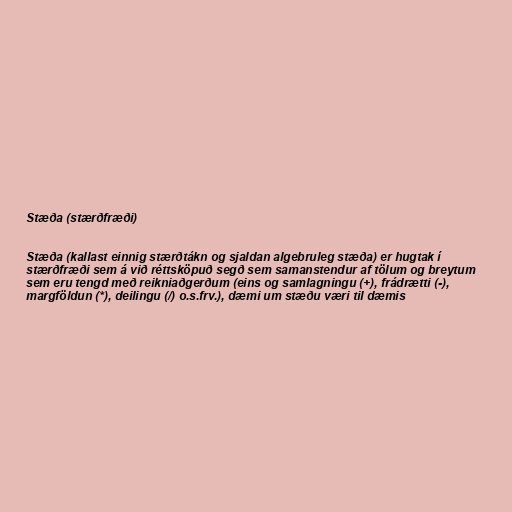
Stæða (stærðfræði)

Stæða (kallast einnig stærðtákn og sjaldan algebruleg stæða) er hugtak í
stærðfræði sem á við réttsköpuð segð sem samanstendur af tölum og breytum
sem eru tengd með reikniaðgerðum (eins og samlagningu (+), frádrætti (-),
margföldun (*), deilingu (/) o.s.frv.), dæmi um stæðu væri til dæmis